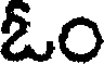
ఓం